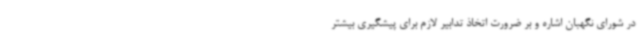
در شورای نگهبان اشاره و بر ضرورت اتخاذ تدابیر لازم برای پیشگیری بیشتر